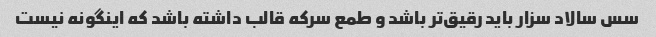
سس سالاد سزار باید رقیق‌تر باشد و طمع سرکه قالب داشته باشد که اینگونه نیست